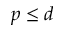
p \leq d